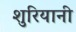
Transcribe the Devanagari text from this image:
शुरियानी